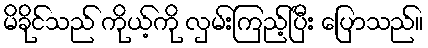
မိခိုင်သည် ကိုယ့်ကို လှမ်းကြည့်ပြီး ပြောသည်။